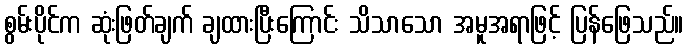
စွမ်းပိုင်က ဆုံးဖြတ်ချက် ချထားပြီးကြောင်း သိသာသော အမူအရာဖြင့် ပြန်ဖြေသည်။